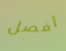
أفصل